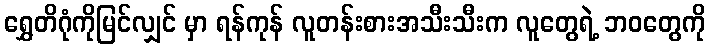
ရွှေတိဂုံကိုမြင်လျှင် မှာ ရန်ကုန် လူတန်းစားအသီးသီးက လူတွေရဲ့ ဘဝတွေကို